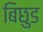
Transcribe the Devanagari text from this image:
बिछुड